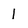
Character: 1